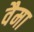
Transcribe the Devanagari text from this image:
वैमा